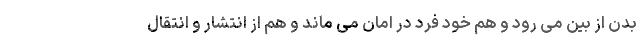
بدن از بین می رود و هم خود فرد در امان می ماند و هم از انتشار و انتقال